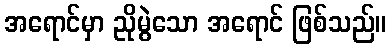
အရောင်မှာ ညိုမွဲသော အရောင် ဖြစ်သည်။